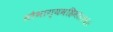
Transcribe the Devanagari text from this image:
सौभाग्यमहिमा॥१६॥